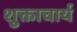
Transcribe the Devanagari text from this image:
शुक्ताचार्य